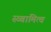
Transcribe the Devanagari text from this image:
स्व्बामित्व